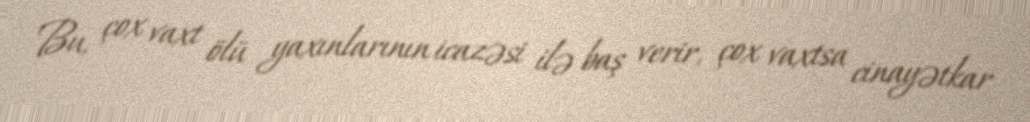
Bu, çox vaxt ölü yaxınlarının icazəsi ilə baş verir, çox vaxtsa cinayətkar